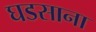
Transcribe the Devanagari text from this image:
घडसाना